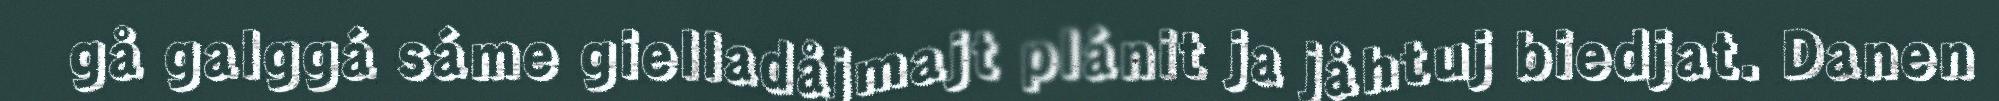
gå galggá sáme gielladåjmajt plánit ja jåhtuj biedjat. Danen